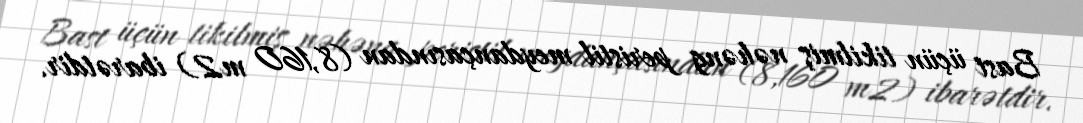
Bast üçün tikilmiş nəhəng peristil meydançasından (8,160 m2) ibarətdir.